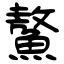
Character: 鰲